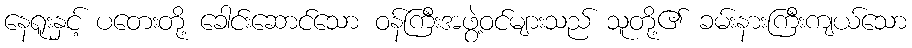
နေရူးနှင့် ပတေးတို့ ခေါင်းဆောင်သော ဝန်ကြီးအဖွဲ့ဝင်များသည် သူတို့၏ ခမ်းနားကြီးကျယ်သော